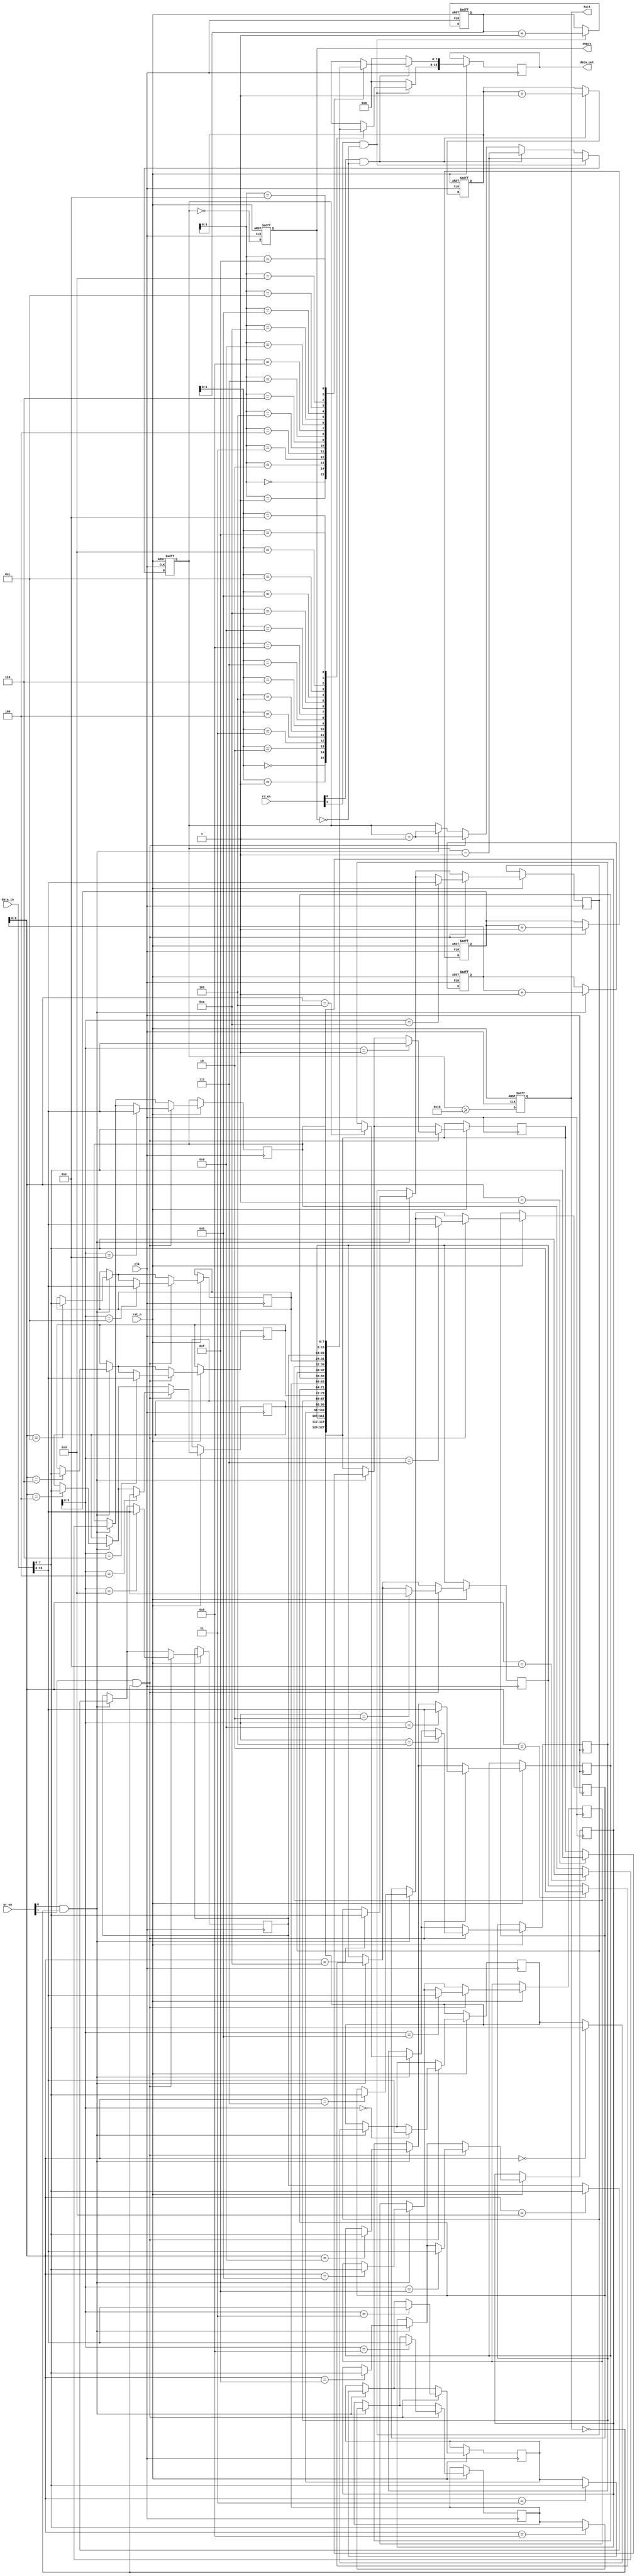
module multiport_fifo #(
    parameter DEPTH = 16,     // FIFO depth
    parameter WIDTH = 8,      // Width of each entry
    parameter NUM_READ_PORTS = 2, // Number of read ports
    parameter NUM_WRITE_PORTS = 2 // Number of write ports
)(
    input wire clk,
    input wire rst_n, // Asynchronous reset (active low)

    // Write Ports
    input wire [NUM_WRITE_PORTS-1:0] wr_en, // Write enable for each port
    input wire [NUM_WRITE_PORTS*WIDTH-1:0] data_in, // Data input for each port

    // Read Ports
    input wire [NUM_READ_PORTS-1:0] rd_en, // Read enable for each port
    output reg [NUM_READ_PORTS*WIDTH-1:0] data_out, // Data output for each port

    // Status Flags
    output reg full,
    output reg empty
);

    // FIFO Storage
    reg [WIDTH-1:0] fifo_mem [0:DEPTH-1];

    // Pointers
    reg [DEPTH-1:0] wr_ptr [0:NUM_WRITE_PORTS-1];
    reg [DEPTH-1:0] rd_ptr [0:NUM_READ_PORTS-1];
    reg [DEPTH:0] count; // Number of entries in FIFO

    // Reset Logic
    integer i;
    always @(posedge clk or negedge rst_n) begin
        if (!rst_n) begin
            // Reset pointers and flags
            for (i = 0; i < NUM_WRITE_PORTS; i = i + 1) begin
                wr_ptr[i] <= 0;
            end
            for (i = 0; i < NUM_READ_PORTS; i = i + 1) begin
                rd_ptr[i] <= 0;
            end
            count <= 0;
            full <= 1'b0;
            empty <= 1'b1;
        end else begin
            // Update full and empty flags
            full <= (count >= DEPTH);
            empty <= (count == 0);

            // Write Logic
            for (i = 0; i < NUM_WRITE_PORTS; i = i + 1) begin
                if (wr_en[i] && !full) begin
                    fifo_mem[wr_ptr[i]] <= data_in[WIDTH*(i+1)-1:WIDTH*i];
                    wr_ptr[i] <= wr_ptr[i] + 1;
                    count <= count + 1;
                end
            end

            // Read Logic
            data_out = 0; // Clear output
            for (i = 0; i < NUM_READ_PORTS; i = i + 1) begin
                if (rd_en[i] && !empty) begin
                    data_out[WIDTH*(i+1)-1:WIDTH*i] <= fifo_mem[rd_ptr[i]];
                    rd_ptr[i] <= rd_ptr[i] + 1;
                    count <= count - 1;
                end
            end
        end
    end

endmodule